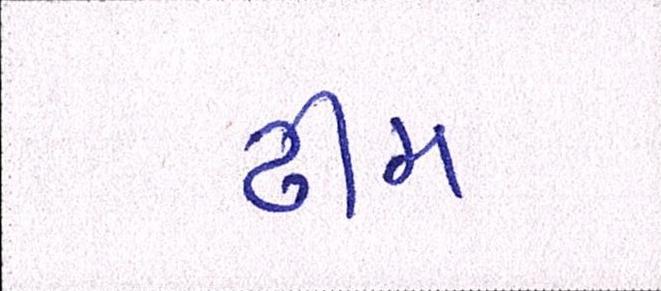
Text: ઢીમ